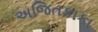
અજિતકાકા